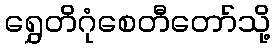
ရွှေတိဂုံစေတီတော်သို့